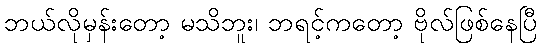
ဘယ်လိုမှန်းတော့ မသိဘူး၊ ဘရင့်ကတော့ ဗိုလ်ဖြစ်နေပြီ